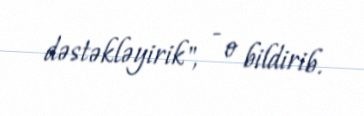
dəstəkləyirik", - o bildirib.